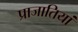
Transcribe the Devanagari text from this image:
प्राजातियां